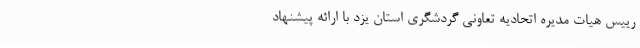
رییس هیات مدیره اتحادیه تعاونی گردشگری استان یزد با ارائه پیشنهاد